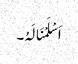
اَسْلَمْنَالَہُ۔